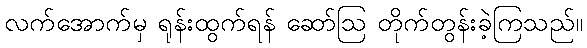
လက်အောက်မှ ရုန်းထွက်ရန် ဆော်ဩ တိုက်တွန်းခဲ့ကြသည်။